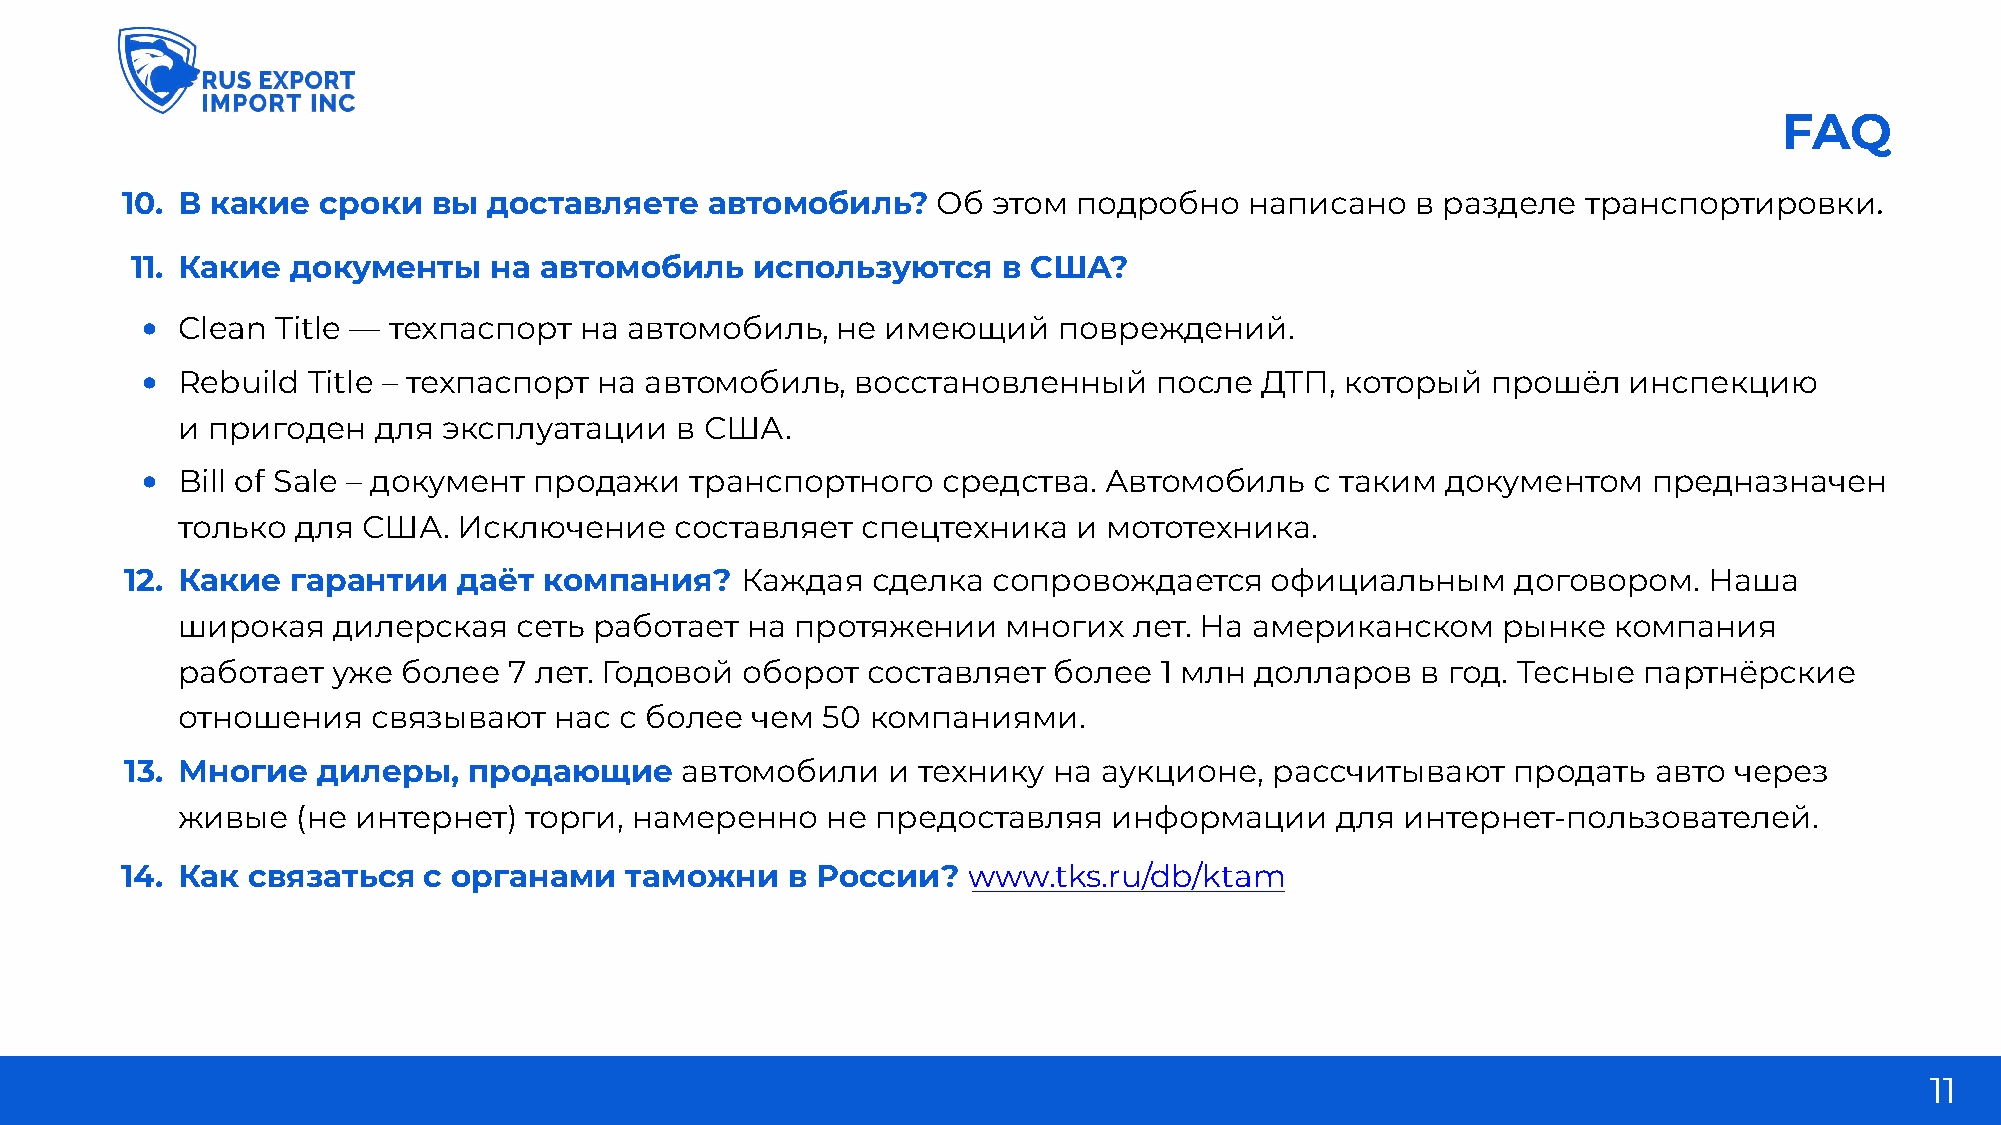
FAQ
 10. В какие  сроки   вы доставляете    автомобиль?    Об  этом подробно    написано   в разделе  транспортировки.
 11. какие документы    на  автомобиль    используются    в сШа?
 •  Clean Title — техпаспорт  на автомобиль,   не  имеющий    повреждений.
 •  Rebuild Title – техпаспорт на  автомобиль,   восстановленный    после  ДТП,  который   прошёл   инспекцию
 и пригоден   для эксплуатации    в США.
 •  Bill of Sale – документ продажи   транспортного   средства.  Автомобиль    с таким  документом   предназначен
 только  для США.  Исключение     составляет  спецтехника   и мототехника.
 12. какие  гарантии   даёт  компания?    Каждая   сделка  сопровождается    официальным     договором.   Наша
 широкая   дилерская   сеть работает  на  протяжении    многих  лет. На американском    рынке   компания
 работает  уже  более  7 лет. Годовой оборот  составляет   более  1 млн долларов   в год. Тесные  партнёрские
 отношения    связывают   нас с более  чем 50  компаниями.
 13. Многие   дилеры,   продающие     автомобили    и технику  на аукционе,  рассчитывают    продать  авто  через
 живые   (не интернет)  торги, намеренно    не предоставляя    информации    для  интернет-пользователей.
 14. как связаться   с органами   таможни    в России?   www.tks.ru/db/ktam
 11